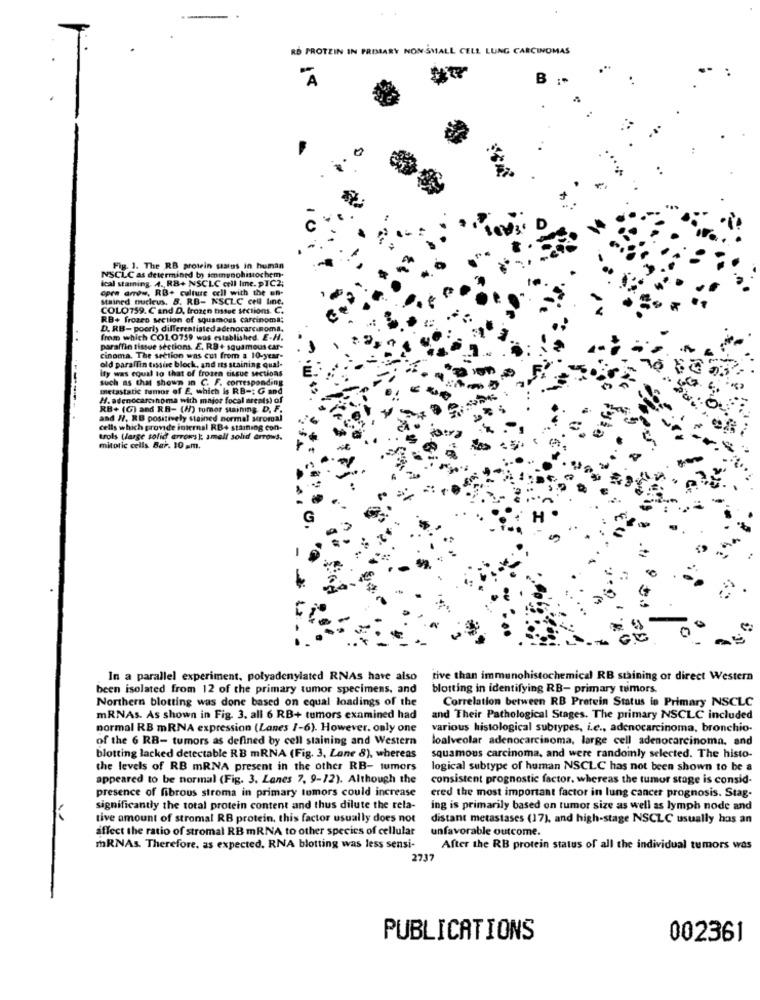
RD PROTEIN IN PRIMARY NON SMALL CELL LUNG CARCINOMAS
A
B
Fig. 1. The RB prowein status in human
ical stamning. 4. RB+ NSCLC cell Ime. PTC2;
NSCLC as determined by immunohistochem.
opra arrow. RB+ culture cell with the un-
Mained nucleus. B. RB- NSCLC cell line,
COLO759. C and D, frozen tissue sections. C.
RB+ frozeo section of squamous carcinoma;
D. RB- poorly differentiated adenocarcinoma.
from which CO10759 was established. E-H.
paraffin tissue sections. E. RB + squamous car-
cinoma. The section was cut from a 10-year-
ity was equal to that of frozen tissue sections
old paraffin tissue block, and its staining qual-
such as that shown in C. F. corresponding
metastatic tumor of E. which is RB -: G and
H. adenocarcinoma with major focal areats) of
RB+ (G) and RB- (A) tomor staining. D. F.
and #, RB positively stained normal stromal
cells which provide internal RB+ staining con-
trols (large solid arrows) small solid arrows.
mitotic cells. Bar. 10 .m.
In a parallel experiment, polyadenylated RNAs have also
tive than immunohistochemical RB staining or direct Western
been isolated from 12 of the primary tumor specimens, and
blotting in identifying RB- primary tumors.
Northern blotting was done based on equal loadings of the
Correlation between RB Protein Status in Primary NSCLC
mRNAs. As shown in Fig. 3. all 6 RB+ tumors examined had
and Their Pathological Stages. The primary NSCLC included
normal RB mRNA expression (Lanes /-6). However. only one
various histological subtypes, i.e ., adenocarcinoma, bronchio-
of the 6 RB- tumors as defined by cell staining and Western
loalveolar adenocarcinoma, large cell adenocarcinoma, and
blotting lacked detectable RB mRNA (Fig. 3, Lane 8), whereas
squamous carcinoma, and were randoinly selected. The histo-
the levels of RB mRNA present in the other RB- tumors
logical subtype of human NSCLC has not been shown to be a
appeared to be normal (Fig. 3. Lanes 7, 9-12). Although the
consistent prognostic factor. whereas the tumor stage is consid-
presence of fibrous stroma in primary tumors could increase
ered the most important factor in lung cancer prognosis. Stag.
significantly the total protein content and thus dilute the rela-
ing is primarily based on tumor size as well as lymph node and
tive amount of stromal RB protein, this factor usually does not
distant metastases (17), and high-stage NSCLC usually has an
affect the ratio of stromal RB mRNA to other species of cellular
unfavorable outcome.
mRNAs. Therefore, as expected, RNA blotting was less sensi-
After the RB protein status of all the individual tumors was
273
PUBLICATIONS
002361